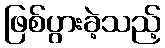
ဖြစ်ပွားခဲ့သည့်